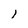
Character: 1